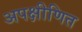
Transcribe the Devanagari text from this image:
अपक्षीणित